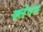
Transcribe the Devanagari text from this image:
क्लेवस